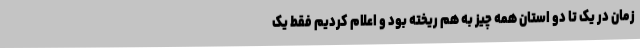
زمان در یک تا دو استان همه چیز به هم ریخته بود و اعلام کردیم فقط یک